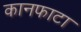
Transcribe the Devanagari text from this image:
कानफाटा